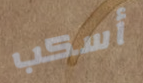
أسكب